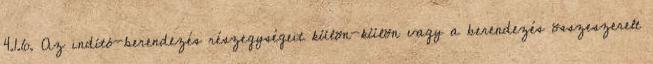
4.1.6. Az indító-berendezés részegységeit külön-külön vagy a berendezés összeszerelt